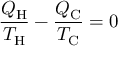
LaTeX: { \frac { Q _ { \mathrm { H } } } { T _ { \mathrm { H } } } } - { \frac { Q _ { \mathrm { C } } } { T _ { \mathrm { C } } } } = 0